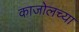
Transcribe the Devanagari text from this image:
काजोलच्या